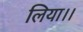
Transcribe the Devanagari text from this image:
लिया।।